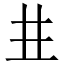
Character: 𠀎